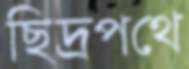
ছিদ্রপথে